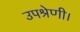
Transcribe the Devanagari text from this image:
उपश्रेणी।